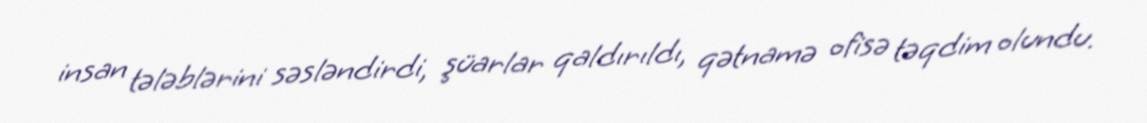
insan tələblərini səsləndirdi, şüarlar qaldırıldı, qətnamə ofisə təqdim olundu.